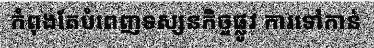
កំពុងតែបំពេញទស្សនកិច្ចផ្លូវ ការទៅកាន់